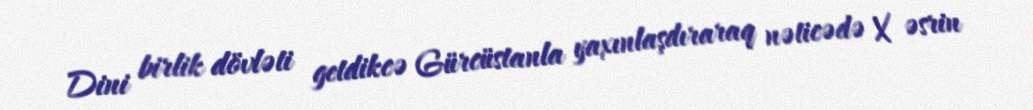
Dini birlik dövləti getdikcə Gürcüstanla yaxınlaşdıraraq nəticədə X əsrin